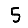
Digit: 5